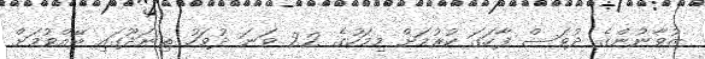
ޒުވާނުންގެ ދުވަސް ފާހަގަ ކުރުމަށް މިމަހުގެ 22 ވަނަ ދުވަހު ތިނަދޫގައި ބޭއްވުމަށް